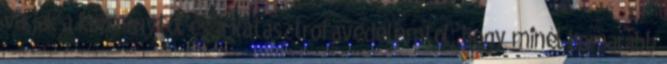
várják a kormánytól és a katasztrófavédelemtől, hogy minél hamarabb